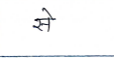
मजकूर: से